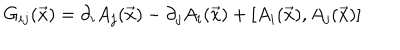
G _ { i j } ( \vec { x } ) = \partial _ { i } A _ { j } ( \vec { x } ) - \partial _ { j } A _ { i } ( \vec { x } ) + [ A _ { i } ( \vec { x } ) , A _ { j } ( \vec { x } ) ]